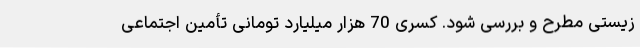
زیستی مطرح و بررسی شود. کسری 70 هزار میلیارد تومانی تأمین اجتماعی